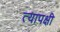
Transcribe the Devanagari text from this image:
त्यापक्षी